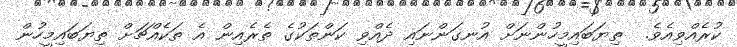
ކުރެއްވިއެވެ.  ތިޔަބައިމީހުންނަށް އުނގަންނައި ދެއްވި ކަންތަކުގެ ތެރެއިން އެ ތަކެއްޗަށް ތިޔަބައިމީހުން